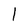
Character: l